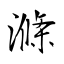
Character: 滌